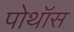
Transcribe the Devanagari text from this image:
पोथॉस